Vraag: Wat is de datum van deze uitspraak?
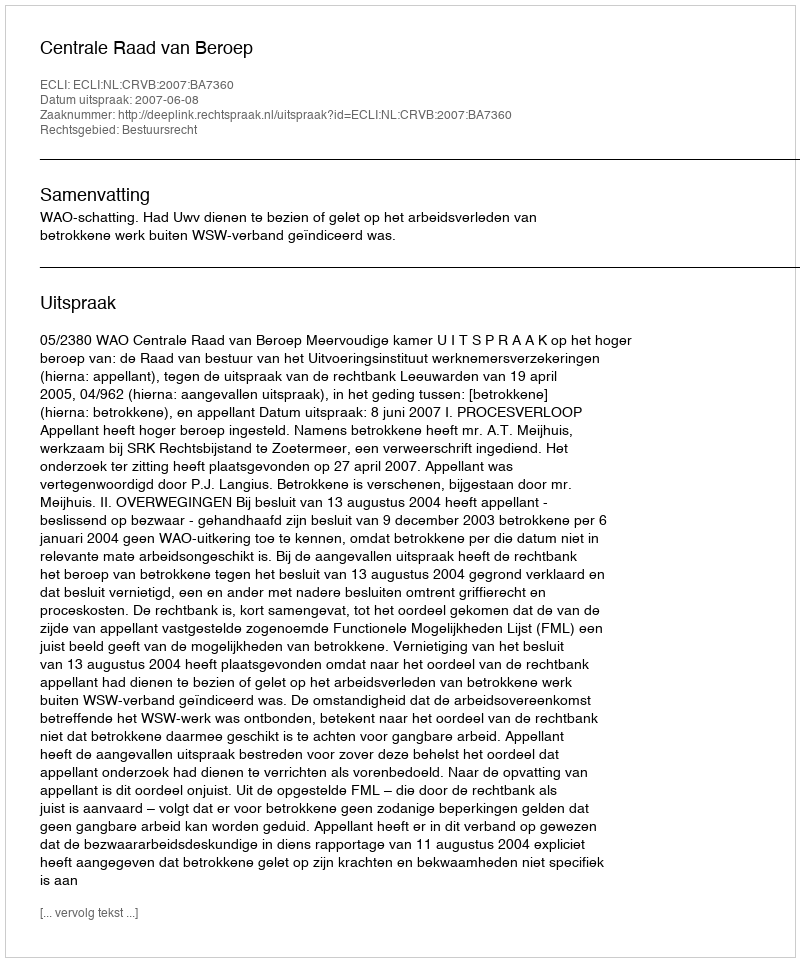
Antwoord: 2007-06-08